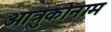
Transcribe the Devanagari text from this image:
आत्रुकोनाम